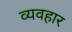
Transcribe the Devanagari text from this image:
व्यवहार